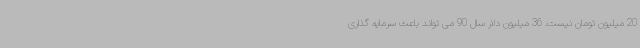
20 میلیون تومان نیست. 36 میلیون دلار سال 90 می تواند باعث سرمایه گذاری